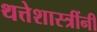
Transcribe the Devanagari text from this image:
थत्तेशास्त्रींनी